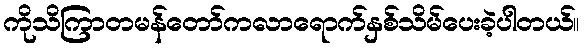
ကိုသိကြာတမန်တော်ကလာရောက်နှစ်သိမ်ပေးခဲ့ပါတယ်။